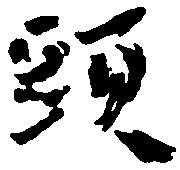
頭